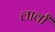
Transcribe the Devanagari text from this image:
लार्वां